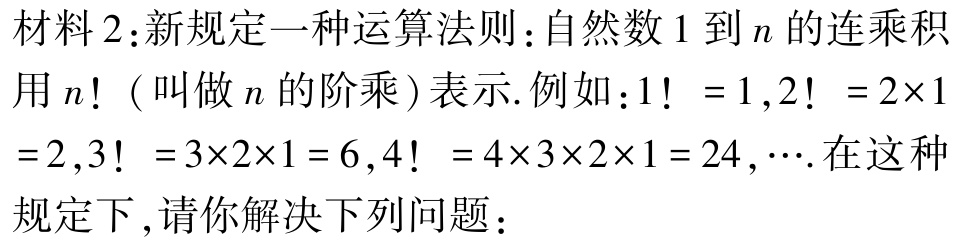
材料2：新规定一种运算法则：自然数\(1\)到\(n\)的连乘积用\(n!\)（叫做\(n\)的阶乘）表示. 例如：\(1！ = 1\)，\(2！ = 2\times1 =2\)，\(3！ =3\times2\times1 = 6\)，\(4！ = 4\times3\times2\times1 = 24\)，\(\cdots\). 在这种规定下，请你解决下列问题：